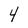
Character: 4